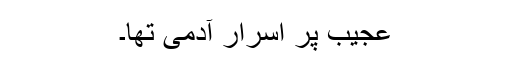
عجیب پر اسرار آدمی تھا۔